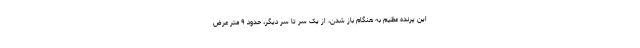
این پرنده عظیم به هنگام باز شدن، از یک سر تا سر دیگر، حدود ۹ متر عرض